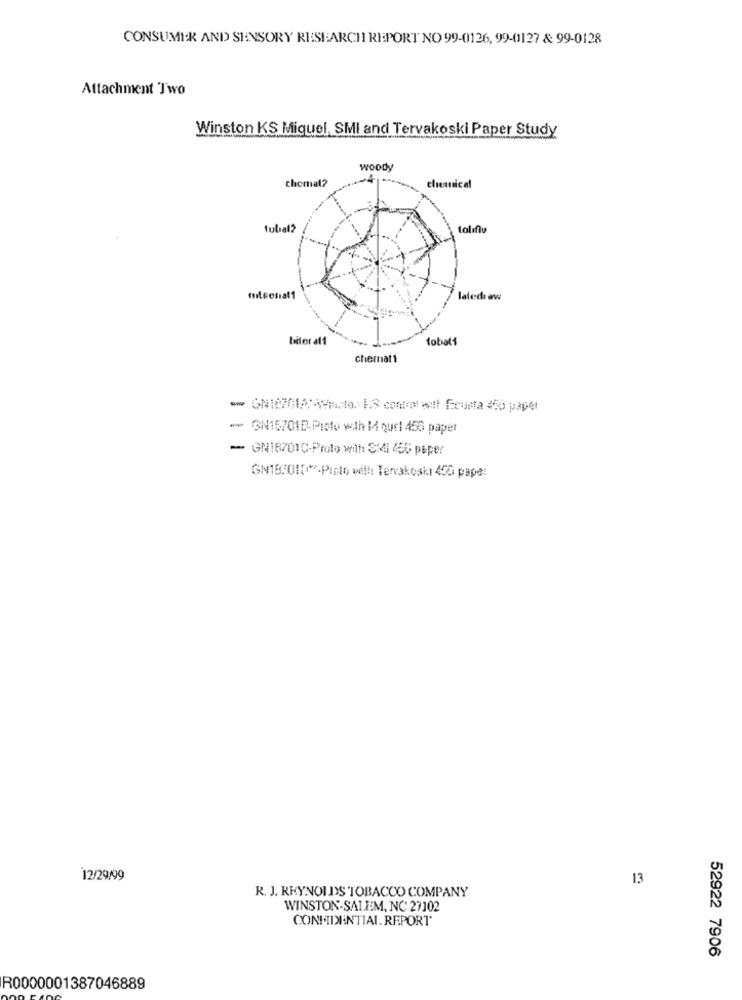
CONSUMER AND SENSORY RESEARCH REPORT NO 99-0126, 99-0127 & 99-0128
Attachment Two
Winston KS Miquel, SMI and Tervakoski Paper Study
woody
chemal?
cleanical
tubal2
talıflu
mtseniat1
latedi aw
biter af1
tobali
chemat1
w GN107018:49to. : S controlest Ecusta 250 paper
- GN167018 Proto with 14 quel 455 paper
- GN18701C-Proto wilt: S:41 45G paper
GN153010 *- Pisto will: Tervakoskı 450 pape!
12/29/99
13
R. J. KRYNOLDS TOBACCO COMPANY
WINSTON-SALEM, NC 27102
CONFIDENTIAL. REPORT
52922 7906
R0000001387046889